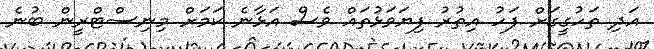
އަދި ތަހުގީގަށް ފަހު އިތުރު ފިޔަވަޅުތައް ވެސް އަޅާނެ ކަމަށް މިނިސްޓްރީން ބުނެ